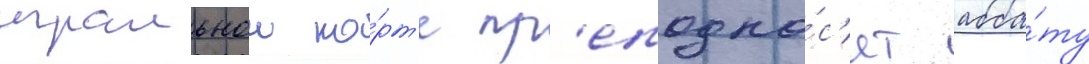
игральнои ка́рт'е пр'еподно́с'ят абба́ту